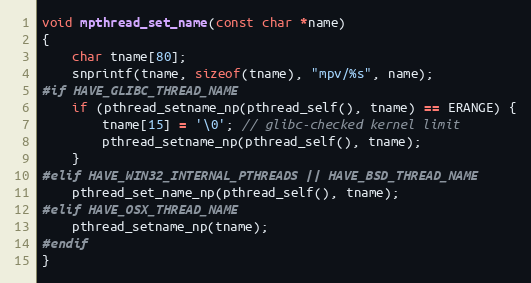
Language: C
void mpthread_set_name(const char *name)
{
    char tname[80];
    snprintf(tname, sizeof(tname), "mpv/%s", name);
#if HAVE_GLIBC_THREAD_NAME
    if (pthread_setname_np(pthread_self(), tname) == ERANGE) {
        tname[15] = '\0'; // glibc-checked kernel limit
        pthread_setname_np(pthread_self(), tname);
    }
#elif HAVE_WIN32_INTERNAL_PTHREADS || HAVE_BSD_THREAD_NAME
    pthread_set_name_np(pthread_self(), tname);
#elif HAVE_OSX_THREAD_NAME
    pthread_setname_np(tname);
#endif
}